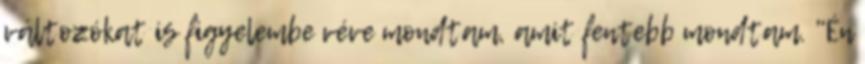
változókat is figyelembe véve mondtam, amit fentebb mondtam. "Én